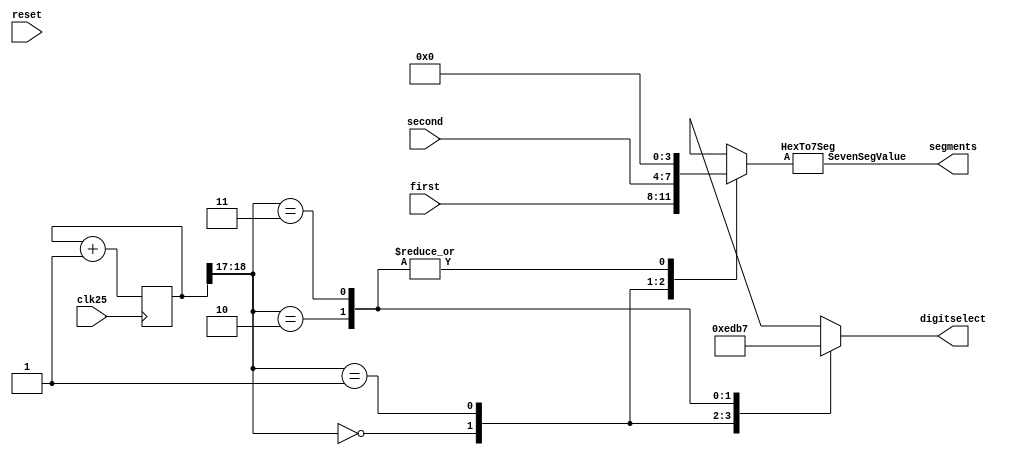
`timescale 1ns / 1ps
//////////////////////////////////////////////////////////////////////////////////
// Company: 
// Engineer: 
// 
// Design Name: 
// Module Name:    score display 
// Project Name: 
// Target Devices: 
// Tool versions: 
// Description: 
//
// Dependencies: 
//
// Revision: 
// Revision 0.01 - File Created
// Additional Comments: 
//
//////////////////////////////////////////////////////////////////////////////////


module seven_seg(input clk25,
					input [3:0] first,
					input [3:0] second, // from other modules, if socred then let this be one.
					input reset,
					output [7:0] segments,
					output reg [3:0] digitselect
				);


	reg [18:0] counter = 0;
	reg [3:0] A;
	wire [1:0] toptwo;
	
	always @(posedge clk25)
		counter <= counter + 1;
	assign toptwo[1:0] = counter[18:17];	

	always @(*)
	
		case(toptwo)
			2'b00 : 
			begin
				digitselect = ~4'b0001;
				A = first;
		   end
			2'b01 : 
			begin
				digitselect = ~4'b0010;
				A = second;
			end
			2'b10 :
			begin
				digitselect = ~4'b0100;
				A = 2'b00;
			end
			2'b11 :
			begin
				digitselect = ~4'b1000;
				A = 2'b00;
			end
		endcase
		
HexTo7Seg myencoder(A, segments);
endmodule

module HexTo7Seg(
    input [3:0] A,
//    output reg [3:0] DispSelect = ~(4'b0001),
    output reg [7:0] SevenSegValue
    );
	
	always @(*)
		case(A)			
			4'd0 : SevenSegValue = ~8'b11111100;  // Note inversion
			4'd1 : SevenSegValue = ~8'b01100000;
			4'd2 : SevenSegValue = ~8'b11011010;
			4'd3 : SevenSegValue = ~8'b11110010;
			4'd4 : SevenSegValue = ~8'b01100110;
			4'd5 : SevenSegValue = ~8'b10110110;
			4'd6 : SevenSegValue = ~8'b10111110;
			4'd7 : SevenSegValue = ~8'b11100000;
			4'd8 : SevenSegValue = ~8'b11111110;
			4'd9 : SevenSegValue = ~8'b11110110;
			default : SevenSegValue = ~ 8'b10001110;
		endcase
endmodule